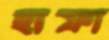
ছাফা